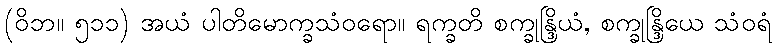
(ဝိဘ။ ၅၁၁) အယံ ပါတိမောက္ခသံဝရော။ ရက္ခတိ စက္ခုန္ဒြိယံ, စက္ခုန္ဒြိယေ သံဝရံ